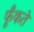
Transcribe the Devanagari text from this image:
फूँकते